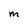
Character: M